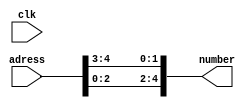
`timescale 1ns / 1ps
//////////////////////////////////////////////////////////////////////////////////
// Company: 
// Engineer: 
// 
// Design Name: 
// Module Name: Auc
// Project Name: 
// Target Devices: 
// Tool Versions: 
// Description: 
// 
// Dependencies: 
// 
// Revision:
// Revision 0.01 - File Created
// Additional Comments:
// 
//////////////////////////////////////////////////////////////////////////////////


module Auc(

    input clk,
    input [4: 0] adress,
    output [4: 0] number


    );
   
   
 /*  reg [4:0] aux;
   
   always @(posedge clk)
   begin
    
      
        aux = {adress[2:0], adress[4:3]};
  end
  
  assign number = aux;
 
 */
 
 assign number = {adress[2:0], adress[4:3]};
 
    
endmodule